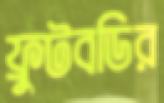
ফ্রুটবডির